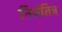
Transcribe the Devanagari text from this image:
नियंतित्र